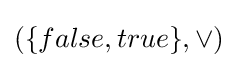
(\{false,true\},\vee )